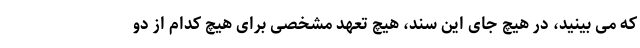
که می بینید، در هیچ جای این سند، هیچ تعهد مشخصی برای هیچ کدام از دو